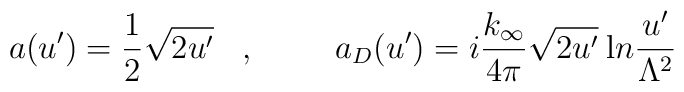
a(u')= \frac{1}{2} \sqrt{2u'}\;\;\;,\hspace{1cm}a_D(u')=i\frac{k_{\infty}}{4\pi} \sqrt{2u'}\: {\mbox ln}\frac{u'}{\Lambda^2}